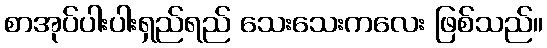
စာအုပ်ပါးပါးရှည်ရည် သေးသေးကလေး ဖြစ်သည်။